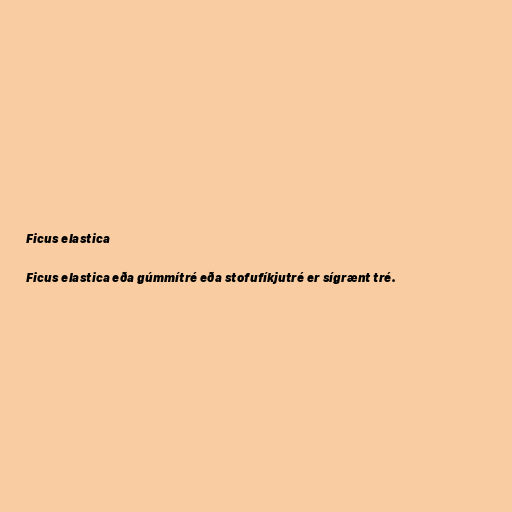
Ficus elastica

Ficus elastica eða gúmmítré eða stofufíkjutré er sígrænt tré.